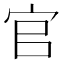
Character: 官